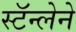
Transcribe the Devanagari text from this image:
स्टॅन्लेने